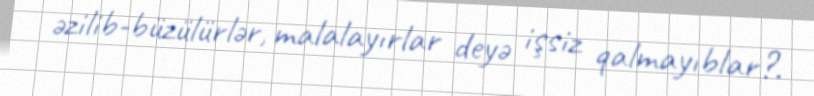
əzilib-büzülürlər, malalayırlar deyə işsiz qalmayıblar?.